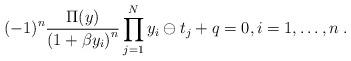
LaTeX: \begin{align*}(-1)^{n}\frac{\Pi (y)}{\left( 1+\beta y_{i}\right) ^{n}}\prod_{j=1}^{N}y_{i}\ominus t_{j}+q=0,i=1,\ldots ,n\;. \end{align*}